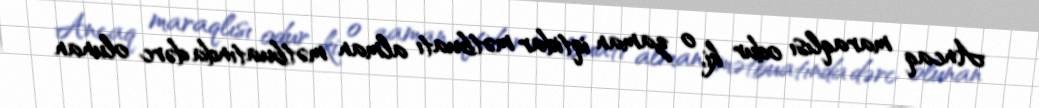
Ancaq maraqlısı odur ki, o zaman iqtidar mətbuatı alman mətbuatında dərc olunan